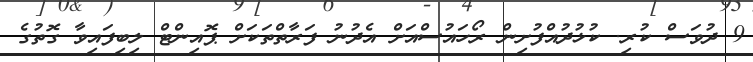
9 ދުވަސް ކުރި. ކުޅުދުއްފުށިން ރޯހައުސްއަށް އެދުނު ފަރާތްތަކަށް ޕޮއިންޓް ލިބިފައިވާ ގޮތުގެ